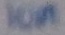
Text: 10M